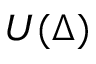
U ( \Delta )